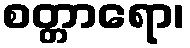
စတ္တာရော၊